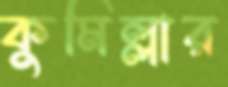
কুমিল্লার